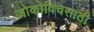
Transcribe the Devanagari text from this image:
जोकोविचसाठी